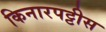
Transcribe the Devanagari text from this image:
किनारपट्टीस